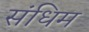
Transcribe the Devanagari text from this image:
संधिम